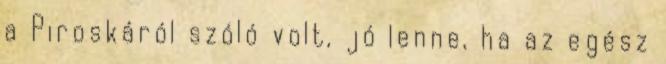
a Piroskáról szóló volt, jó lenne, ha az egész